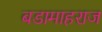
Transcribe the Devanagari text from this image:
बडामाहराज